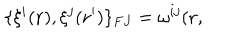
LaTeX: \{ \xi ^ { i } ( { \bf r } ) , \xi ^ { j } ( { \bf r ^ { \prime } } ) \} _ { F J } = \omega ^ { i j } ( { \bf r } ,